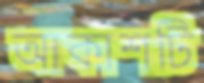
আকাশটি